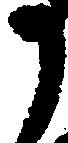
か